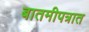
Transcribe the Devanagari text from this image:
बातमीपत्रात